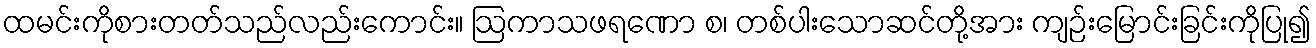
ထမင်းကိုစားတတ်သည်လည်းကောင်း။ ဩကာသဖရဏော စ၊ တစ်ပါးသောဆင်တို့အား ကျဉ်းမြောင်းခြင်းကိုပြု၍